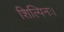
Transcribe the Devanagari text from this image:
शिल्पिनः।